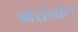
ઍરોસોલ